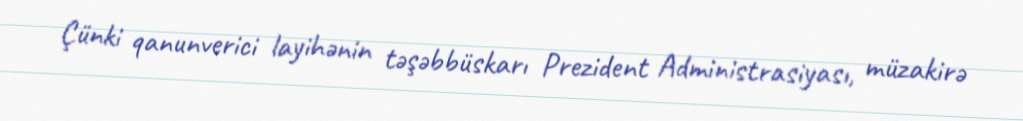
Çünki qanunverici layihənin təşəbbüskarı Prezident Administrasiyası, müzakirə